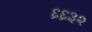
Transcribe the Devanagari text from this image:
६६३२